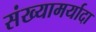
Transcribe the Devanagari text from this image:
संख्यामर्यादा